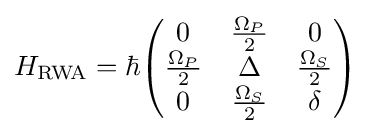
H_{\mathrm {RWA} }=\hbar {\begin{pmatrix}0&{\frac {\Omega _{P}}{2}}&0\\{\frac {\Omega _{P}}{2}}&\Delta &{\frac {\Omega _{S}}{2}}\\0&{\frac {\Omega _{S}}{2}}&\delta \end{pmatrix}}